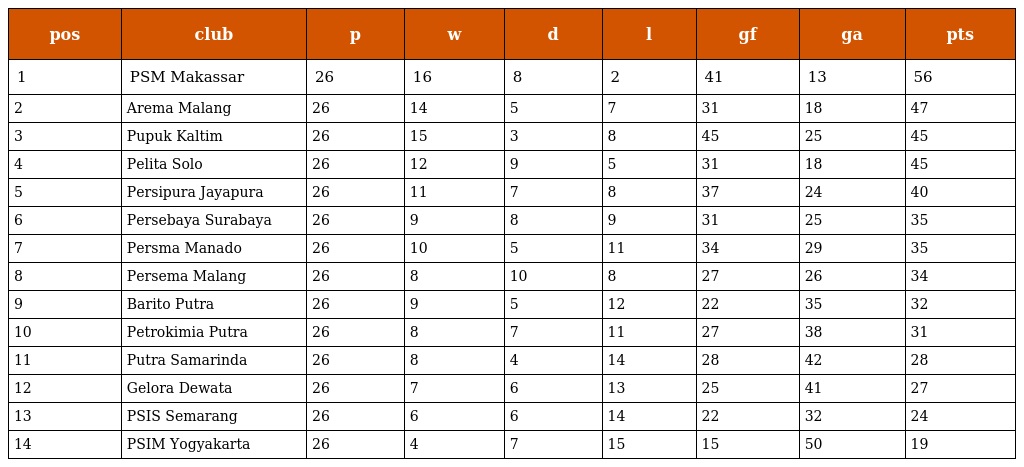
| pos | club | p | w | d | l | gf | ga | pts |
 | --- | --- | --- | --- | --- | --- | --- | --- | --- |
 | 1 | PSM Makassar | 26 | 16 | 8 | 2 | 41 | 13 | 56 |
 | 2 | Arema Malang | 26 | 14 | 5 | 7 | 31 | 18 | 47 |
 | 3 | Pupuk Kaltim | 26 | 15 | 3 | 8 | 45 | 25 | 45 |
 | 4 | Pelita Solo | 26 | 12 | 9 | 5 | 31 | 18 | 45 |
 | 5 | Persipura Jayapura | 26 | 11 | 7 | 8 | 37 | 24 | 40 |
 | 6 | Persebaya Surabaya | 26 | 9 | 8 | 9 | 31 | 25 | 35 |
 | 7 | Persma Manado | 26 | 10 | 5 | 11 | 34 | 29 | 35 |
 | 8 | Persema Malang | 26 | 8 | 10 | 8 | 27 | 26 | 34 |
 | 9 | Barito Putra | 26 | 9 | 5 | 12 | 22 | 35 | 32 |
 | 10 | Petrokimia Putra | 26 | 8 | 7 | 11 | 27 | 38 | 31 |
 | 11 | Putra Samarinda | 26 | 8 | 4 | 14 | 28 | 42 | 28 |
 | 12 | Gelora Dewata | 26 | 7 | 6 | 13 | 25 | 41 | 27 |
 | 13 | PSIS Semarang | 26 | 6 | 6 | 14 | 22 | 32 | 24 |
 | 14 | PSIM Yogyakarta | 26 | 4 | 7 | 15 | 15 | 50 | 19 |